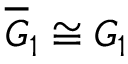
\overline { { G } } _ { 1 } \cong G _ { 1 }